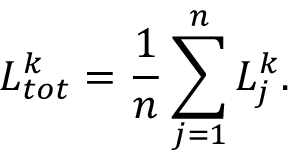
L _ { t o t } ^ { k } = \frac { 1 } { n } \sum _ { j = 1 } ^ { n } L _ { j } ^ { k } .